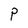
Character: P